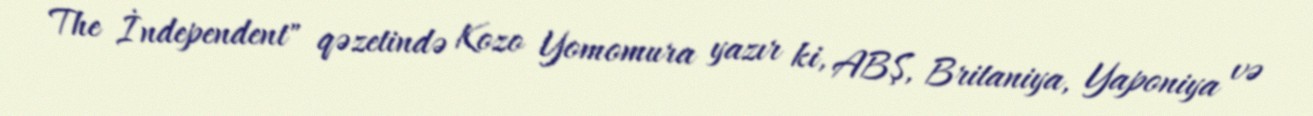
The İndependent" qəzetində Kozo Yomomura yazır ki, ABŞ, Britaniya, Yaponiya və